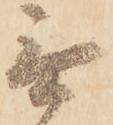
無